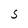
Character: S